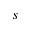
s